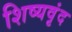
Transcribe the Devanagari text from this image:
शिष्यवृंद